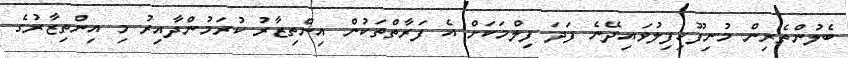
ބެލުންތެރިން މުނިފޫހިފިލުވައިދޭނެ ފަދަ ފިލްމަކަށް އެ ފަރާތްތަކުން އިންތިޒާރު ކުރަމުންދާއިރު މި އިންތިޒާރުގެ